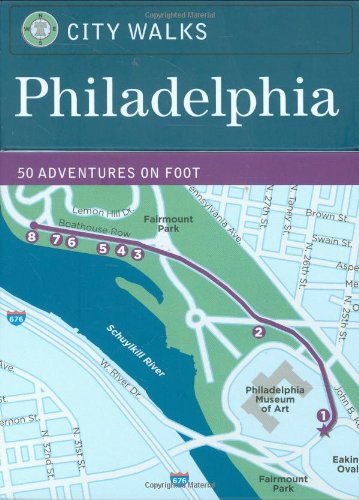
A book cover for City Walks Deck: Philadelphia; Caroline Tiger; Travel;